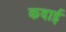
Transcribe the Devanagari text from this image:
कदाई